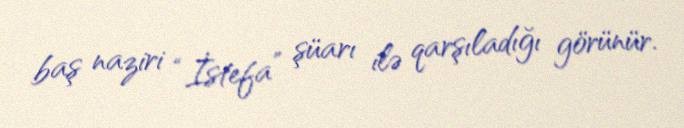
baş naziri “İstefa” şüarı ilə qarşıladığı görünür.